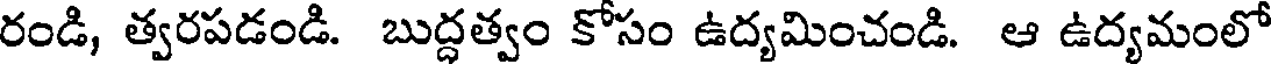
రండి, త్వరపడండి. బుద్ధత్వం కోసం ఉద్యమించండి. ఆ ఉద్యమంలో